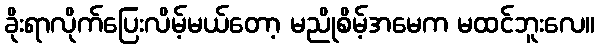
ခိုးရာလိုက်ပြေးလိမ့်မယ်တော့ မညိုစိမ့်အမေက မထင်ဘူးလေ။